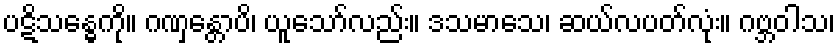
ပဋိသန္ဓေကို။ ဂဏှန္တောပိ၊ ယူသော်လည်း။ ဒသမာသေ၊ ဆယ်လပတ်လုံး။ ဂဗ္ဘဝါသ၊